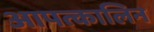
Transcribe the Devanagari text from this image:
आपत्कालिन